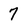
Character: 7